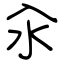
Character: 汆